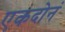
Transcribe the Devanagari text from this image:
एकदोनं